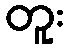
တူး